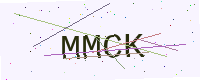
Text: MMCK